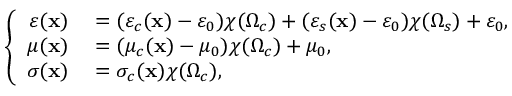
\left\{ \begin{array} { r l } { \varepsilon ( \mathbf { x } ) } & { { } = ( \varepsilon _ { c } ( \mathbf { x } ) - \varepsilon _ { 0 } ) \chi ( \Omega _ { c } ) + ( \varepsilon _ { s } ( \mathbf { x } ) - \varepsilon _ { 0 } ) \chi ( \Omega _ { s } ) + \varepsilon _ { 0 } , } \\ { \mu ( \mathbf { x } ) } & { { } = ( \mu _ { c } ( \mathbf { x } ) - \mu _ { 0 } ) \chi ( \Omega _ { c } ) + \mu _ { 0 } , } \\ { \sigma ( \mathbf { x } ) } & { { } = \sigma _ { c } ( \mathbf { x } ) \chi ( \Omega _ { c } ) , } \end{array} \right.